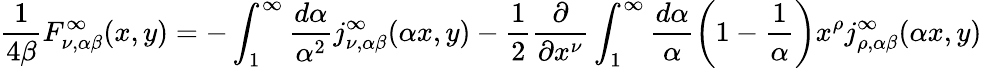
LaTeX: \frac{1}{4\beta}F_{\nu,\alpha\beta}^{\infty}(x,y)=-\int_{1}^{\infty}\frac{d\alpha}{\alpha^{2}}j_{\nu,\alpha\beta}^{\infty}(\alpha x,y)-\frac{1}{2}\frac{\partial}{\partial x^{\nu}}\int_{1}^{\infty}\frac{d\alpha}{\alpha}\left(1-\frac{1}{\alpha}\right)x^{\rho}j_{\rho,\alpha\beta}^{\infty}(\alpha x,y)